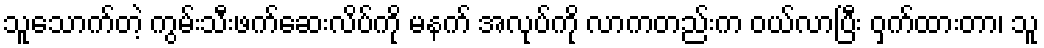
သူသောက်တဲ့ ကွမ်းသီးဖက်ဆေးလိပ်ကို မနက် အလုပ်ကို လာကတည်းက ဝယ်လာပြီး ဝှက်ထားတာ၊ သူ